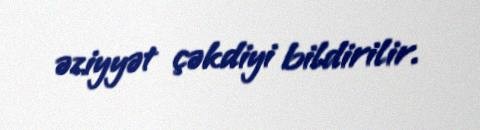
əziyyət çəkdiyi bildirilir.